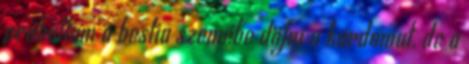
próbáltam a bestia szemébe döfni a kardomat, de a